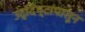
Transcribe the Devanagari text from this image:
उद्दिष्टांपासून